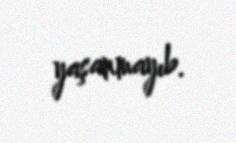
yaşanmayıb.